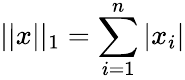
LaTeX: \vert\vert x\vert\vert_{1}=\sum_{i=1}^{n}\vert x_{i}\vert